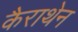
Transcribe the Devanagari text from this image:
कैराथेन